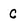
Character: C